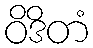
ဝိဒိတံ